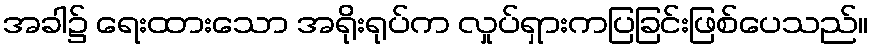
အခါ၌ ရေးထားသော အရိုးရုပ်က လှုပ်ရှားကပြခြင်းဖြစ်ပေသည်။